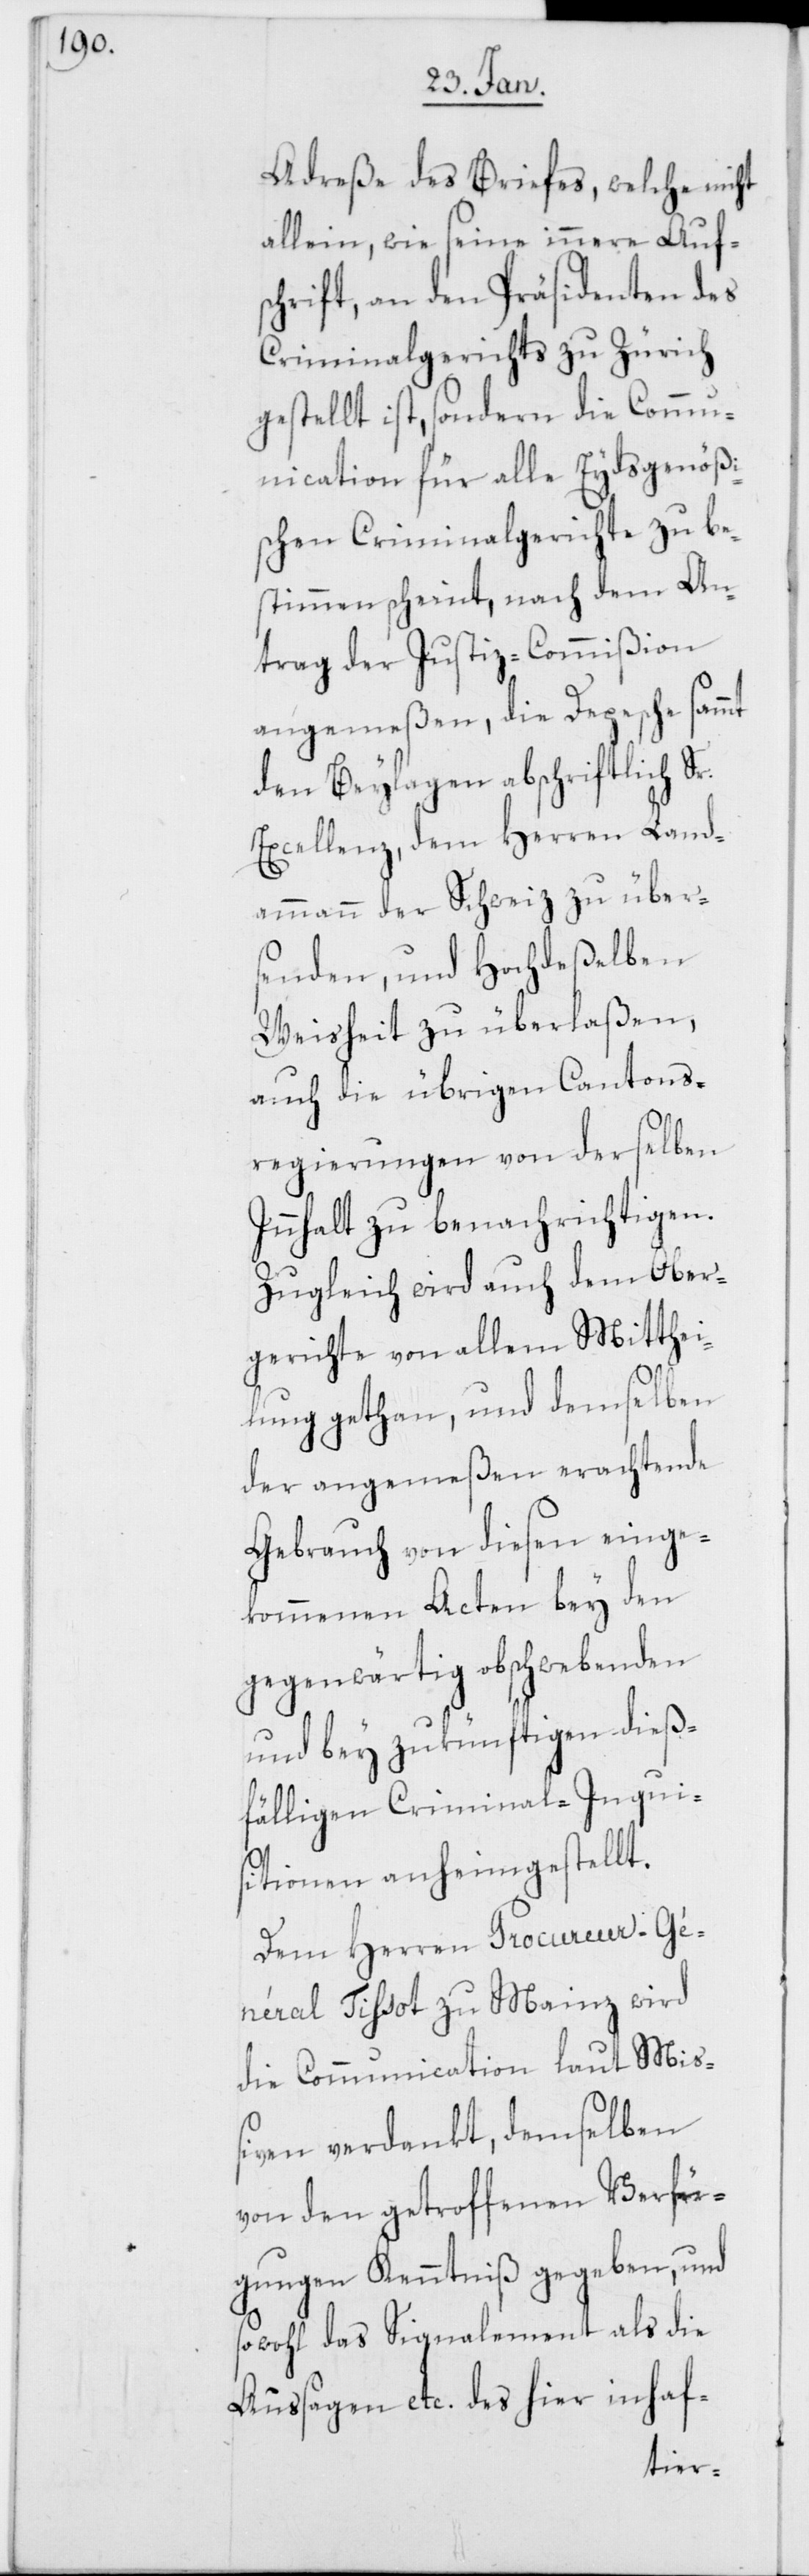
Adreße des Briefes, welche nicht
allein, wie seine innere Auf¬
schrift, an den Präsidenten des
Criminalgerichts zu Zürich
gestellt ist, sondern die Commu¬
nication für alle Eydsgenößi¬
schen Criminalgerichte zu be¬
stimmen scheint, nach dem An¬
trag der Justiz-Commißion
angemeßen, die Depesche sammt
den Beylagen abschriftlich Sr.
Excellenz, dem Herren Land¬
ammann der Schweiz zu über¬
senden, und Hochdeßelben
Weisheit zu überlaßen,
auch die übrigen Cantons¬
regierungen von derselben
Innhalt zu benachrichtigen.
Zugleich wird auch dem Ober¬
gerichte von allem Mitthei¬
lung gethan, und demselben
der angemeßen erachtende
Gebrauch von diesen einge¬
kommenen Acten bey den
gegenwärtig obschwebenden
und bey zukünftigen dieß¬
fälligen Criminal-Inqui¬
sitionen anheimgestellt.
Dem Herren Procureur-Gé¬
néral Tissot zu Mainz wird
die Communication laut Mis¬
siven verdankt, demselben
von den getroffenen Verfü¬
gungen Kenntniß gegeben, und
sowohl das Signalement als die
Aussagen etc. des hier inhaf-